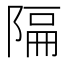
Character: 𫕆